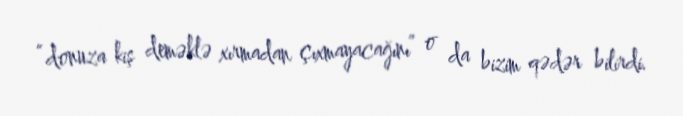
“donuza kiş deməklə xırmadan çıxmayacağını” o da bizim qədər bilirdi.